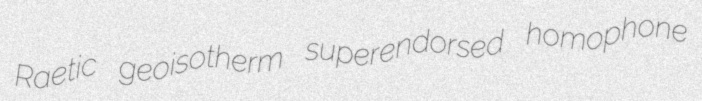
Raetic geoisotherm superendorsed homophone